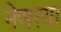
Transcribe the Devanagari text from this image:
नेणरया